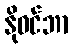
နိုဝင်ဘာ